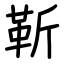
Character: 靳